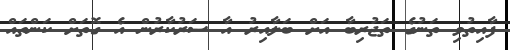
ފާއިތުވި ތަނުގެ ތަޖުރިބާ އަށް ބަލާއިރު އާ ސަރުކާރުން އެ ގޮތަށް ކަންތައް